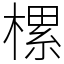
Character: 樏